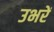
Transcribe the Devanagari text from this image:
उभरें